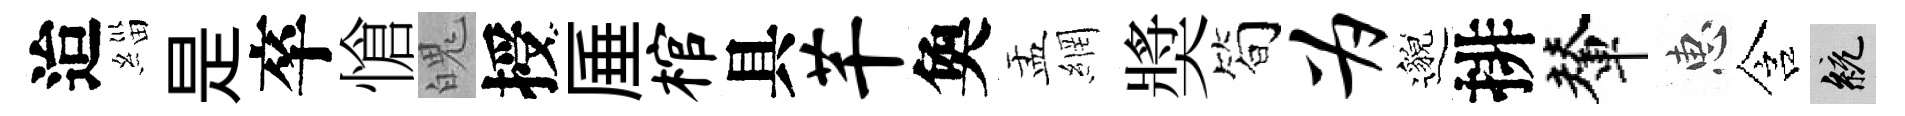
迨緇是卒愴魄授厜棺具芊奐盂網奬筍为邈排輦惠含統